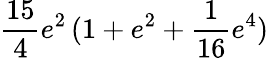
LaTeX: \frac{15}{4}e^{2}\, (1+e^{2}+\frac{1}{16}e^{4})